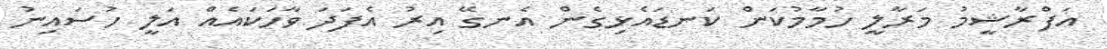
އަފްރާޝީމު މަރާލީ ހުމާމުކަން ކަނޑައެޅިގެން އެނގޭ އިރު އެފަދަ ވާހަކައެއް އަލީ ހުސައިނު